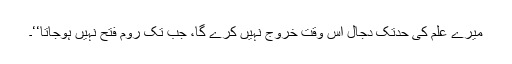
میرے علم کی حدتک دجال اس وقت خروج نہیں کرے گا، جب تک روم فتح نہیں ہوجاتا‘‘۔